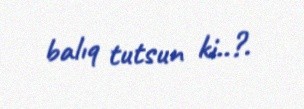
balıq tutsun ki..?.